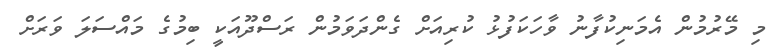
މި މޭރުމުން އެމަނިކުފާނު ވާހަކަފުޅު ކުރިއަށް ގެންދަވަމުން ރަސްދޫއަކީ ބިމުގެ މައްސަލަ ވަރަށް